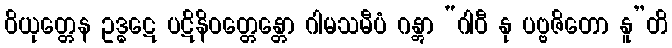
ဝိယုတ္တေန ဥဒ္ဓဋေ ပဋိနိဝတ္တေန္တော ဂါမသမီပံ ဂန္တွာ “ဂါဝီ နု ပဗ္ဗဇိတော နူ”တိ